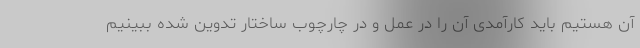
آن هستیم باید کارآمدی آن را در عمل و در چارچوب ساختار تدوین شده ببینیم